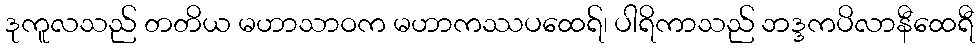
ဒုကူလသည် တတိယ မဟာသာဝက မဟာကဿပထေရ်၊ ပါရိကာသည် ဘဒ္ဒကပိလာနီထေရီ